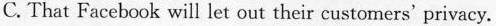
C.That Faccbook will ler out their customers' privacy.